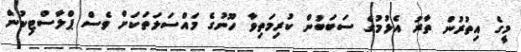
މީގެ އިތުރުން ތާރު އެޅުމުގެ ސަބަބުން ކުރިމަތިވާ ހޫނުގެ މައްސަލަތަކަށް ވެސް ޕްލާސްޓިކުން